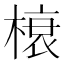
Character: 榱